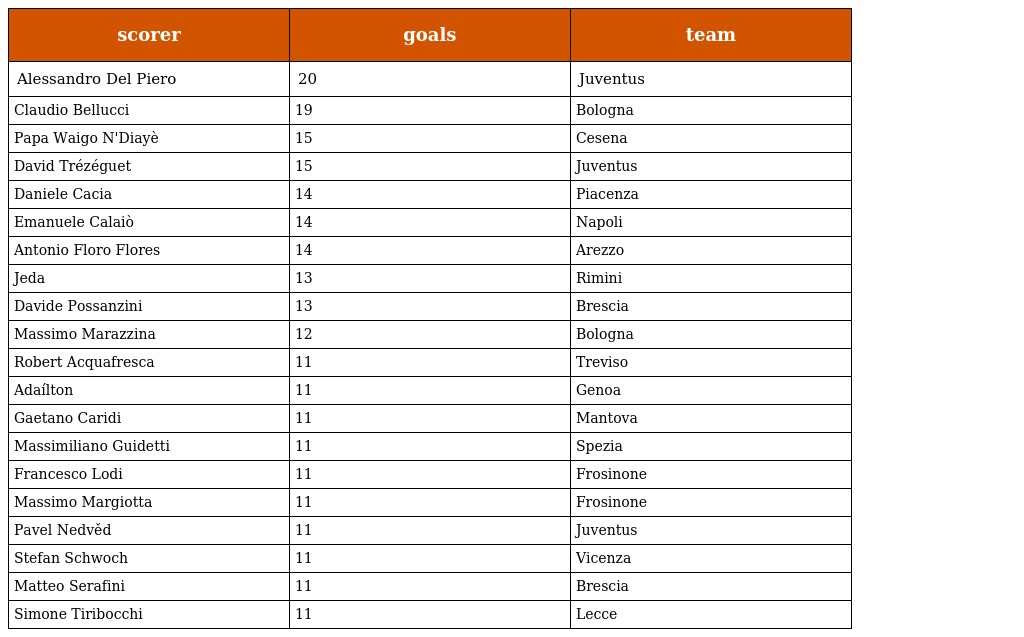
| scorer | goals | team |
 | --- | --- | --- |
 | Alessandro Del Piero | 20 | Juventus |
 | Claudio Bellucci | 19 | Bologna |
 | Papa Waigo N'Diayè | 15 | Cesena |
 | David Trézéguet | 15 | Juventus |
 | Daniele Cacia | 14 | Piacenza |
 | Emanuele Calaiò | 14 | Napoli |
 | Antonio Floro Flores | 14 | Arezzo |
 | Jeda | 13 | Rimini |
 | Davide Possanzini | 13 | Brescia |
 | Massimo Marazzina | 12 | Bologna |
 | Robert Acquafresca | 11 | Treviso |
 | Adaílton | 11 | Genoa |
 | Gaetano Caridi | 11 | Mantova |
 | Massimiliano Guidetti | 11 | Spezia |
 | Francesco Lodi | 11 | Frosinone |
 | Massimo Margiotta | 11 | Frosinone |
 | Pavel Nedvěd | 11 | Juventus |
 | Stefan Schwoch | 11 | Vicenza |
 | Matteo Serafini | 11 | Brescia |
 | Simone Tiribocchi | 11 | Lecce |